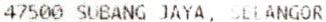
47500 SUBANG JAYA, SELANGOR